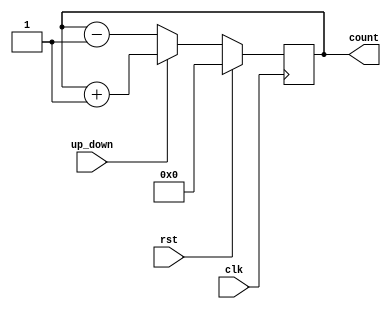
module sync_cntr(clk,rst,up_down,count);
input clk,rst,up_down;
output [3:0] count;
reg [3:0] count=0;
always @(posedge clk)
begin
if(rst == 1)
count <= 0;
else 
if (up_down==1)
count <= count +1;
else
count <= count -1;
end
endmodule